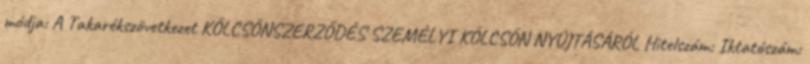
módja: A Takarékszövetkezet KÖLCSÖNSZERZŐDÉS SZEMÉLYI KÖLCSÖN NYÚJTÁSÁRÓL Hitelszám: Iktatószám: